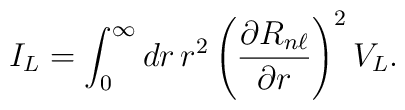
I_{L} = \int_{0}^{\infty } dr\,r^{2} \left(\frac{\partial R_{n\ell }}{\partial r}\right)^{2} V_{L}.